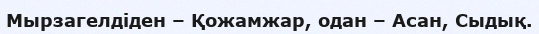
Мырзагелдіден – Қожамжар, одан – Асан, Сыдық.